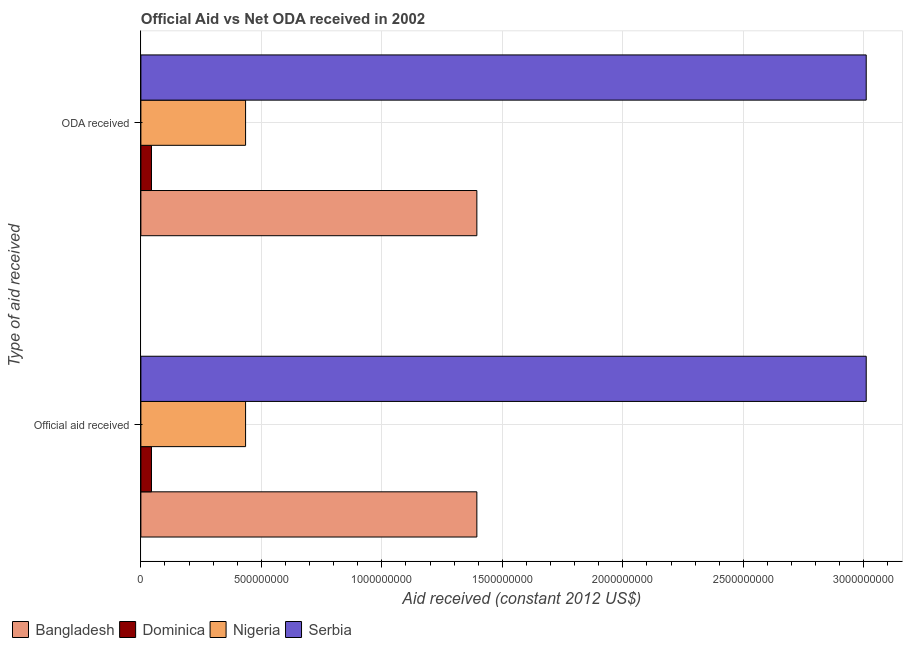
| Type of aid received | Bangladesh | Dominica | Nigeria | Serbia |
 | --- | --- | --- | --- | --- |
 | Official aid received | 1.39e+09 | 4.4e+07 | 4.34e+08 | 3.01e+09 |
 | ODA received | 1.39e+09 | 4.4e+07 | 4.34e+08 | 3.01e+09 |